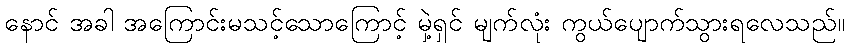
နောင် အခါ အကြောင်းမသင့်သောကြောင့် မှဲ့ရှင် မျက်လုံး ကွယ်ပျောက်သွားရလေသည်။